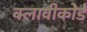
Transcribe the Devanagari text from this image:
क्लावीकोर्ड